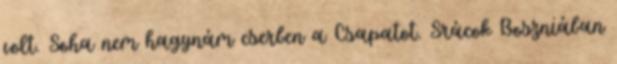
volt. Soha nem hagynám cserben a Csapatot. Srácok Boszniában